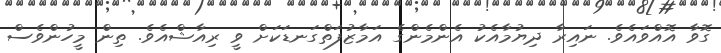
ގޮވާ އޮއްވައެވެ. ނައިރާ ދިޔުމާއެކު އެންމެންގެ އަމާޒުފަތްގަނޑަކަށް ވީ ރިއާޝްއެވެ. ތިން މީހުންވެސް